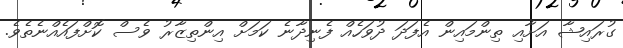
ގުރައިޝާ އަށާއި ތިންމައިން އެފަދަ ދުވަހެއް ފެނިދާނެ ކަމަށް އިންތިޒާރު ވެސް ކޮށްފައެއްނެތެވެ.